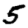
Digit: 5